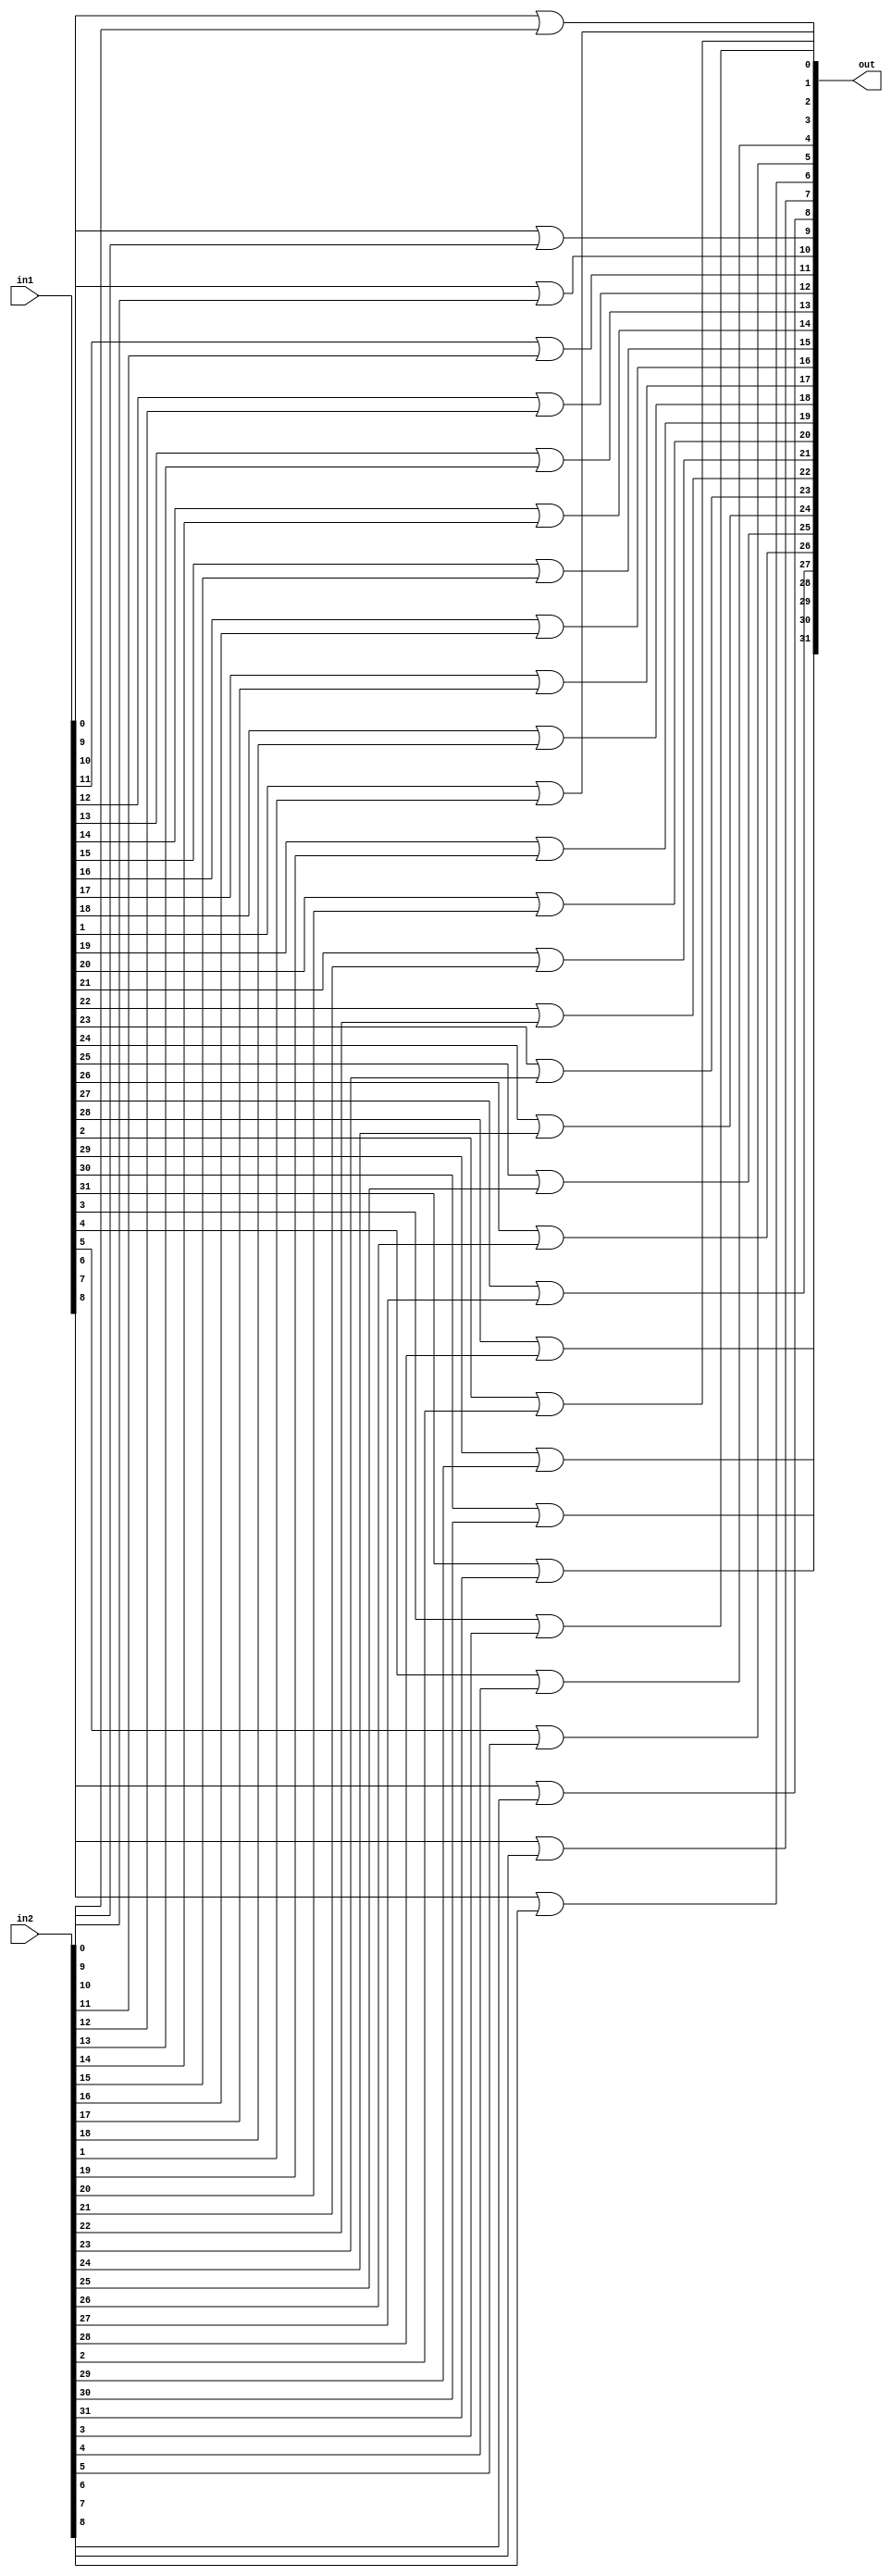
module or32(out, in1, in2);

	input [31:0] in1, in2;
	output [31:0] out;
	
	genvar c;
	generate
		for(c=0; c<32;c=c+1) begin: loop
			or or1(out[c], in1[c], in2[c]);
		end
	endgenerate

endmodule